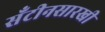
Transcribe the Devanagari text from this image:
सँटीनसारखी